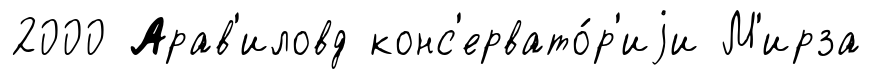
2000 Арав'иловд конс'ервато́р'иjи М'ирза